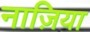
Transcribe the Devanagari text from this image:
नाज़िया